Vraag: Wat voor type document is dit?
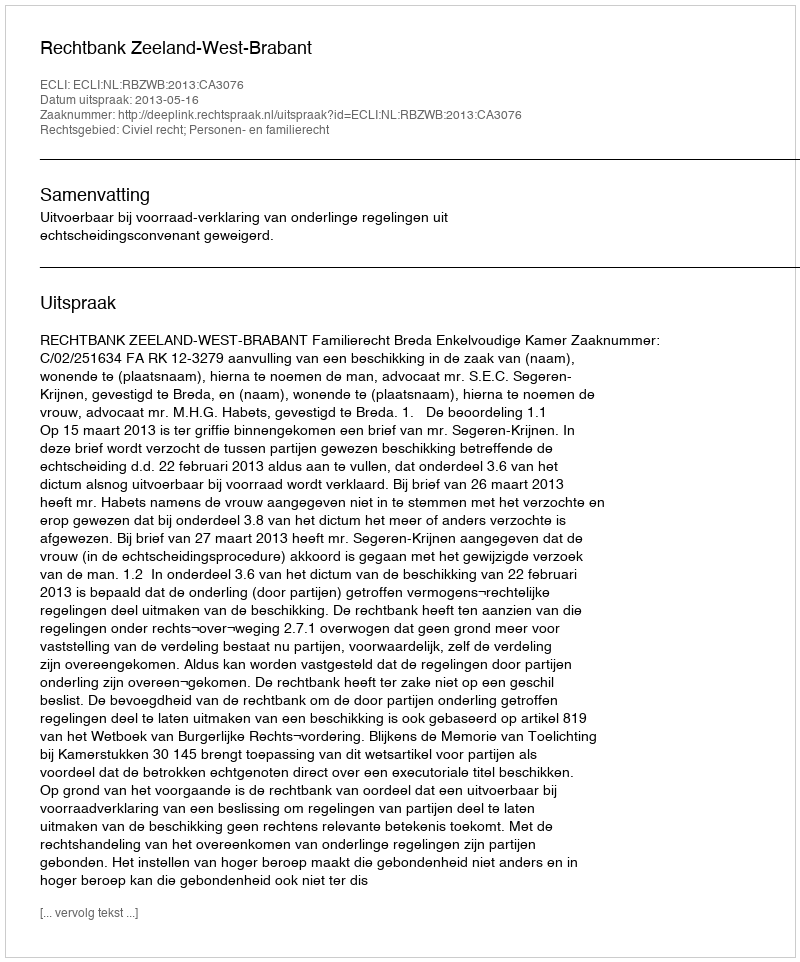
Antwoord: Uitspraak